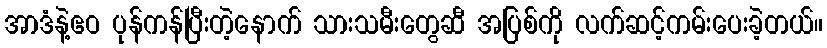
အာဒံနဲ့ဧဝ ပုန်ကန်ပြီးတဲ့နောက် သားသမီးတွေဆီ အပြစ်ကို လက်ဆင့်ကမ်းပေးခဲ့တယ်။